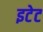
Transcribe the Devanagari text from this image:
इटेट